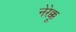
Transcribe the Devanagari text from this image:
नेरेक्कू